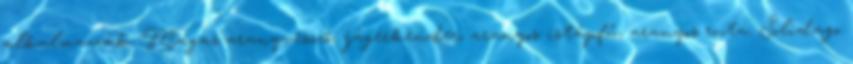
alkalmazzák. Magas aranyvessző, jágerkender, aranyos istápfű, aranyos ruta. Solidago